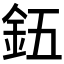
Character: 𮡨